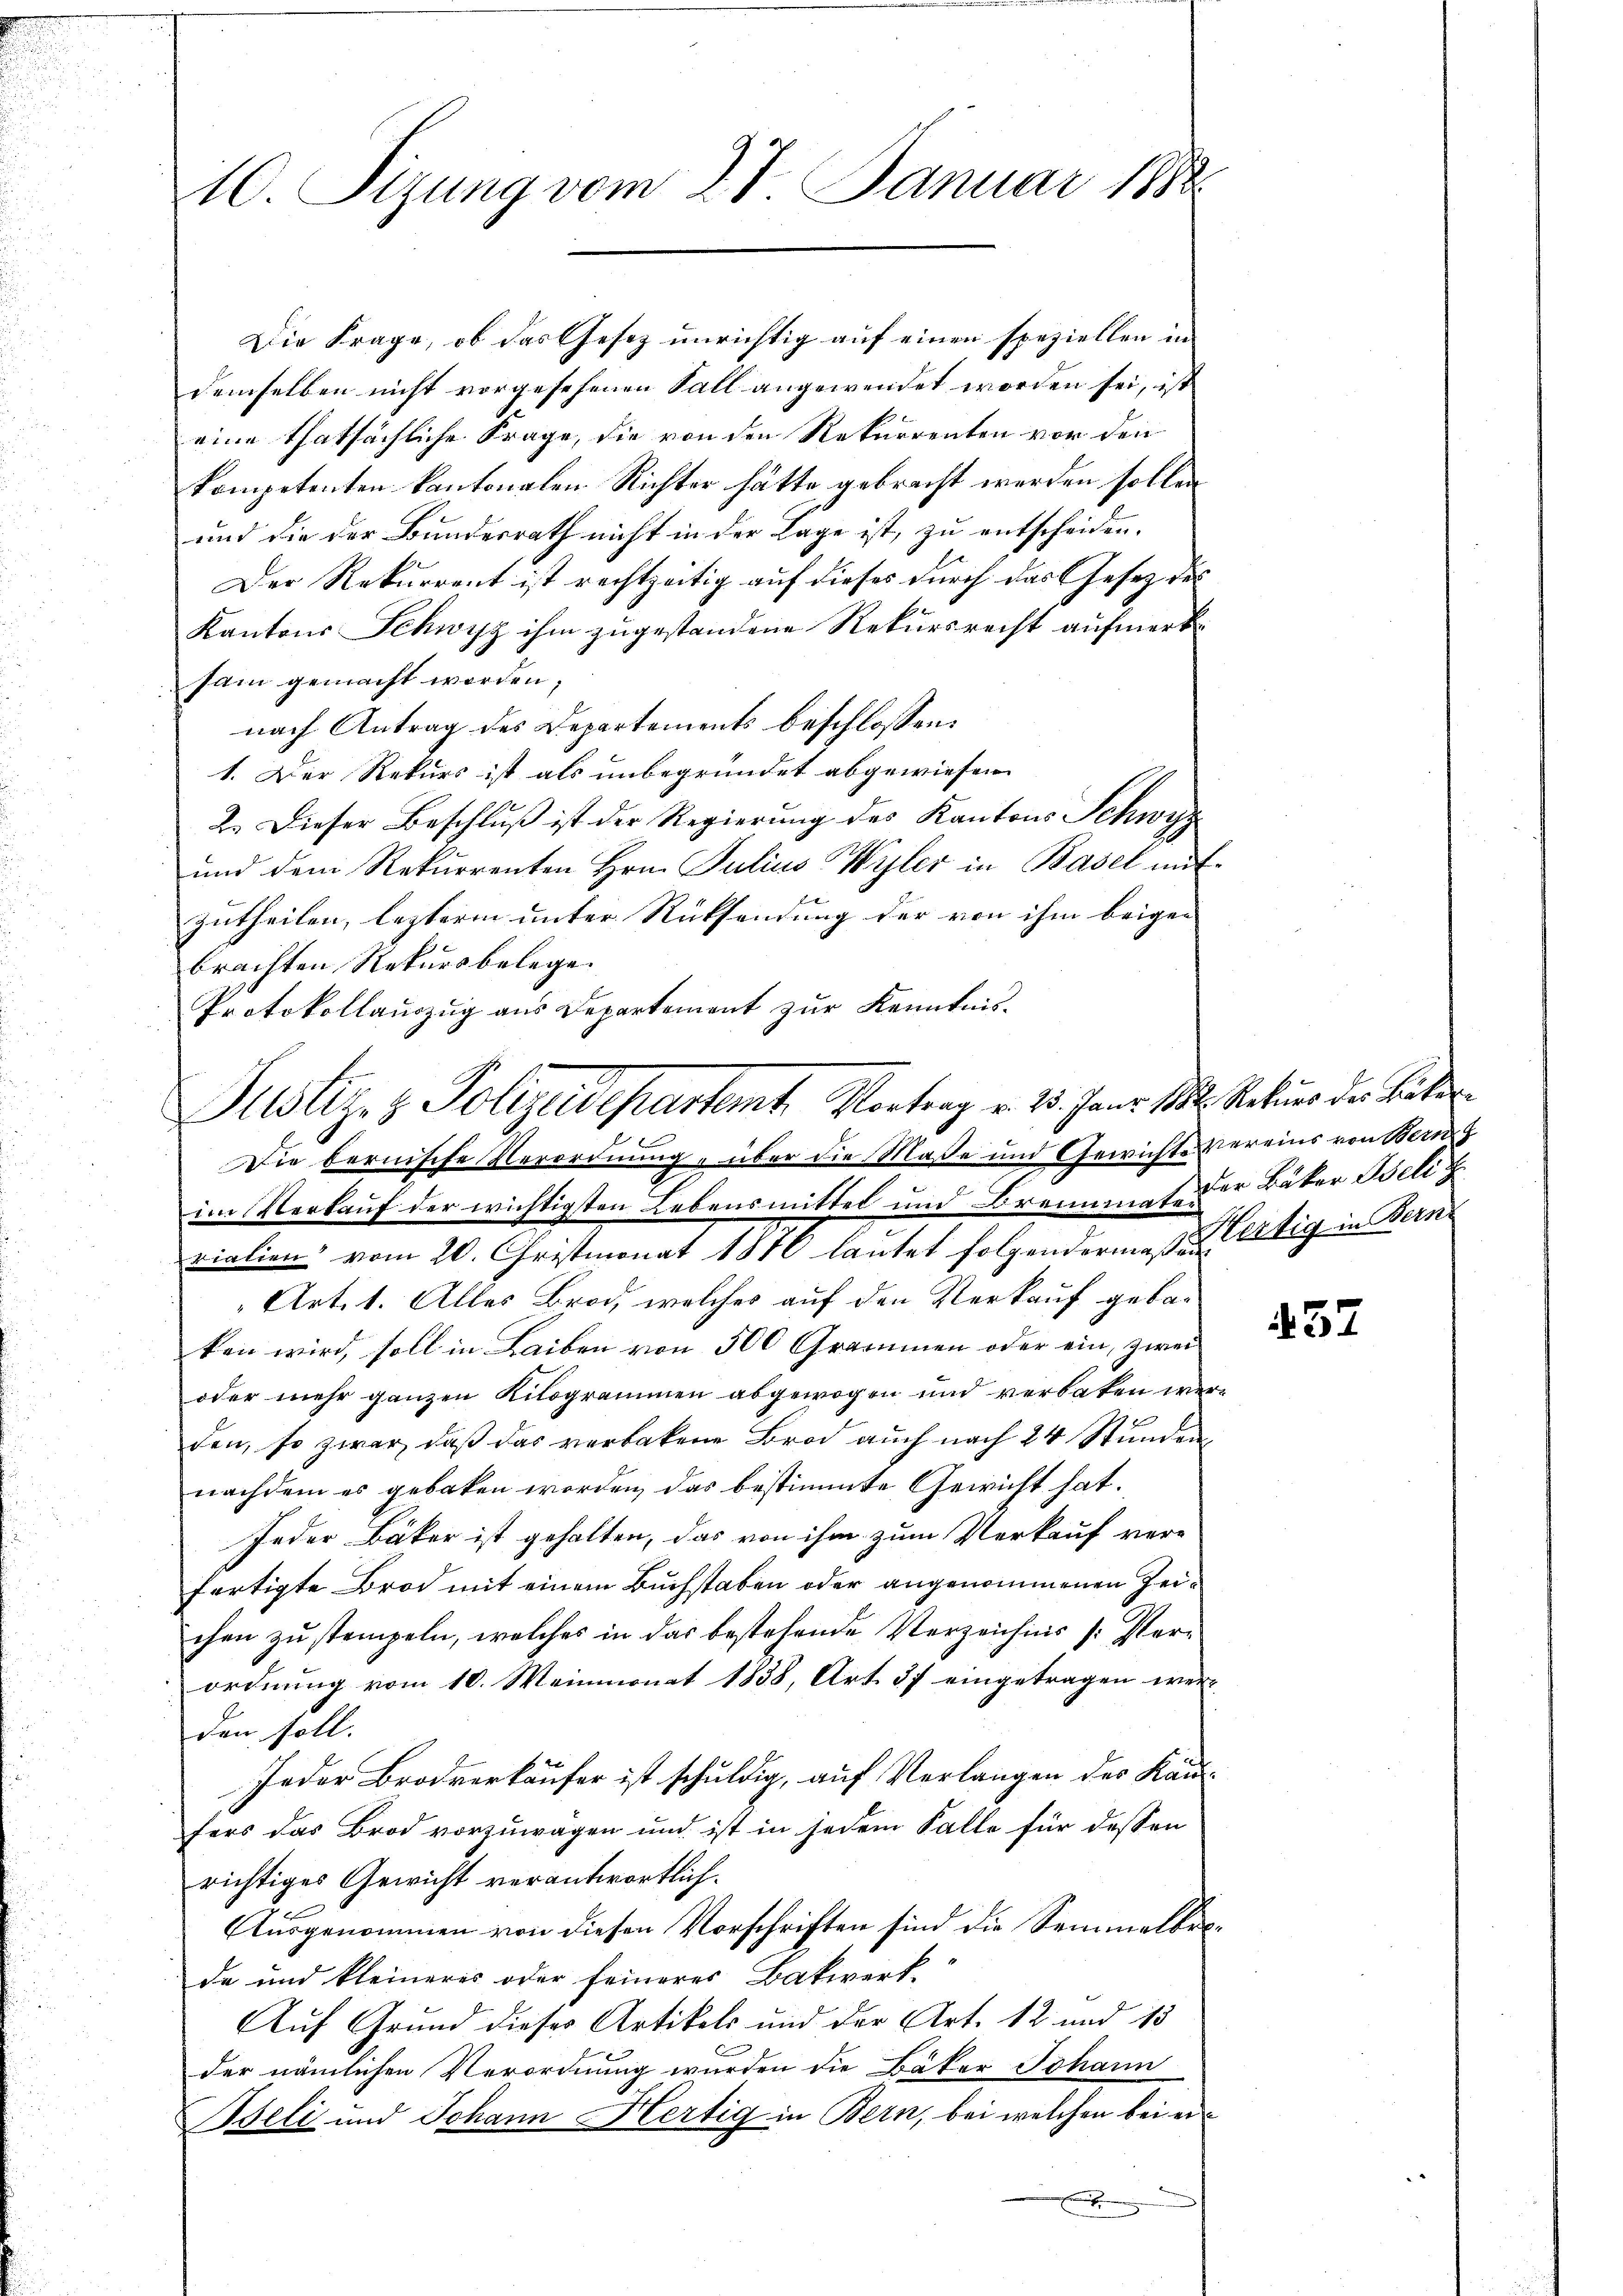
10. Sizung vom 27. Januar 1888.

Die Frage, ob das Gesetz unrichtig auf einen speziellen in
demselben nicht vorgesehenen Fall angewendet worden sei, ist
eine thatsächliche Frage, die von den Rekurrenten vor den
kompetenten kantonalen Richter hätte gebracht werden sollen
und die der Bundesrath nicht in der Lage ist, zu entscheiden.
Der Rekurrent ist rechtzeitig auf dieses durch das Gesetz des
Kantons Schwyz ihm zugestandene Rekursrecht aufmerk
sam gemacht worden;
nach Antrag des Departements beschlossen:
1. Der Rekurs ist als unbegründet abgewiesen.
2. Dieser Beschluß ist der Regierung des Kantons Schwyz
und dem Rekurrenten Hrn. Julius Wyler in Basel mit
zutheilen, lezterm unter Rücksendung der von ihm beigen
brachten Rekursbelege
Protokollauszug aus Departement zur Kenntnis.
Die bernische Verordnung „über die Masse und Gewichte vereins von Wern
im Verkauf der wichtigsten Lebensmittel und Brennmat der Bäter Beli
rialien vom 20. Christmonat 1878 laŭtet folgendermaßen eitig in Bern
Art. 1. Alles Brod, welches auf den Verkauf gebauken wird, soll in Leiben von 500 Grammen oder ein, zwei
oder mehr ganzen Kilogrammen abgewogen und verbaten werden, so zwar, daß das verbackene Brod auch nach 24 Stunden,
nachdem es geboten worden, das bestimmte Gewicht hat.
Jeder Bäker ist gehalten, das von ihm zum Verkauf verfertigte Brod mit einem Buchstaben oder angenommenen Zeichen zustempeln, welches in das bestehende Verzeichnis /: Perordnung vom 10. Weinmonat 1838, Art. 37 eingetragen werden soll.
Jeder Brodverkäufer ist schuldig, auf Verlangen des Kauffers das Brod vorzuwägen und ist in jedem Falle für dessen
richtiges Gewicht verantwortlich.
Ausgenommen von diesen Vorschriften sind die Semmelbrede und kleineres oder feineres Backwerk-
Auf Grund dieses Artikels und der Art. 12 und 15
der nämlichen Verordnung wurden die Bäker Johann
Beli und Johann Hertig in Bern, bei welchen bei ei¬
.

Justiz- & Polizeidepartet, Vortrag v. 15. Janr. 182. Rekurs der Leben

57